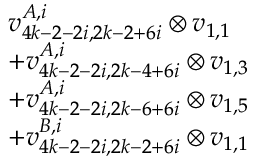
\begin{array} { r l } & { v _ { 4 k - 2 - 2 i , 2 k - 2 + 6 i } ^ { A , i } \otimes v _ { 1 , 1 } } \\ & { + v _ { 4 k - 2 - 2 i , 2 k - 4 + 6 i } ^ { A , i } \otimes v _ { 1 , 3 } } \\ & { + v _ { 4 k - 2 - 2 i , 2 k - 6 + 6 i } ^ { A , i } \otimes v _ { 1 , 5 } } \\ & { + v _ { 4 k - 2 - 2 i , 2 k - 2 + 6 i } ^ { B , i } \otimes v _ { 1 , 1 } } \end{array}